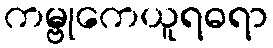
ကမ္ဗုကေယူရဓရာ